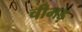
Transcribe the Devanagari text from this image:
चीभड़